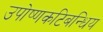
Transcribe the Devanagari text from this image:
उपोष्णकटिबन्धिय